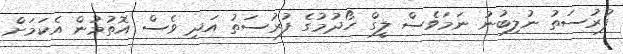
ފުރުސަތު ނުލިބުނު ނަމަވެސް ލީގް ހޯދުމުގެ ފުރުސަތު އަދި ވެސް އޮތުމުން އެކަމަށް